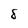
Character: 8